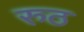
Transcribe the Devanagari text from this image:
रुठ